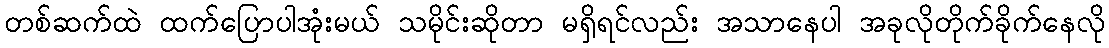
တစ်ဆက်ထဲ ထက်ပြောပါအုံးမယ် သမိုင်းဆိုတာ မရှိရင်လည်း အသာနေပါ အခုလိုတိုက်ခိုက်နေလို